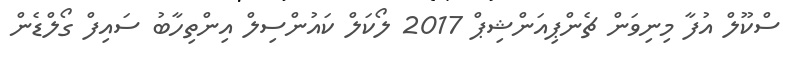
ސްކޫލް އުފާ މިނިވަން ޗެންޕިއަންޝިޕް 2017 ލޯކަލް ކައުންސިލް އިންތިހާބު ސައިފް ގޯލްޑެން